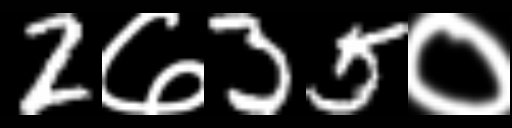
Text: 2७35०